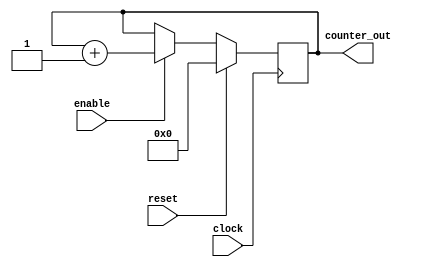
//-----------------------------------------------------
// This is my second Verilog Design
// Design Name : first_counter
// Function : This is a 4 bit up-counter with
// Synchronous active high reset and
// with active high enable signal
//-----------------------------------------------------
module first_counter (
clock , // Clock input of the design
reset , // active high, synchronous Reset input
enable , // Active high enable signal for counter
counter_out // 4 bit vector output of the counter
); // End of port list
//-------------Input Ports-----------------------------
input clock ;
input reset ;
input enable ;
//-------------Output Ports----------------------------
output [3:0] counter_out ;
//-------------Input ports Data Type-------------------
// By rule all the input ports should be wires   
wire clock ;
wire reset ;
wire enable ;
//-------------Output Ports Data Type------------------
// Output port can be a storage element (reg) or a wire
reg [3:0] counter_out ;

//------------Code Starts Here-------------------------
// Since this counter is a positive edge trigged one,
// We trigger the below block with respect to positive
// edge of the clock.
always @ (posedge clock)
begin : COUNTER // Block Name
  // At every rising edge of clock we check if reset is active
  // If active, we load the counter output with 4'b0000
  if (reset == 1'b1) begin
    counter_out <= #1 4'b0000;
  end
  // If enable is active, then we increment the counter
  else if (enable == 1'b1) begin
    counter_out <= #1 counter_out + 1;
  end
end // End of Block COUNTER

endmodule // End of Module counter